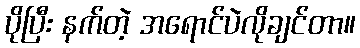
ပိုပြီး နက်တဲ့ အရောင်ပဲလိုချင်တာ။